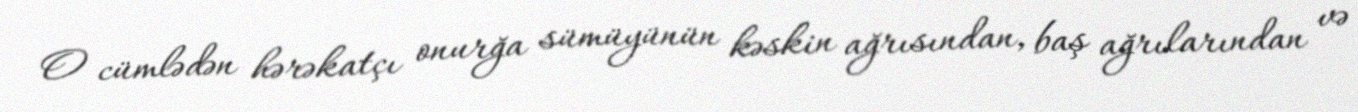
O cümlədən hərəkatçı onurğa sümüyünün kəskin ağrısından, baş ağrılarından və